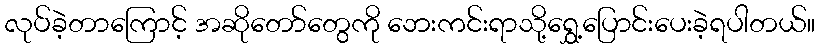
လုပ်ခဲ့တာကြောင့် အဆိုတော်တွေကို ဘေးကင်းရာသို့ရွှေ့ပြောင်းပေးခဲ့ရပါတယ်။